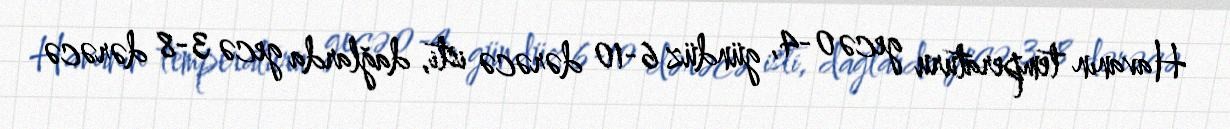
Havanın temperaturu gecə 0-4, gündüz 6-10 dərəcə isti, dağlarda gecə 3-8 dərəcə